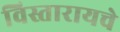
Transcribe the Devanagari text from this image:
विस्तारायचे